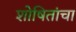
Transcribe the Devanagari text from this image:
शोषितांचा